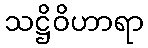
သဋ္ဌိဝိဟာရာ